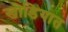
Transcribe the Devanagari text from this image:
खोडियात